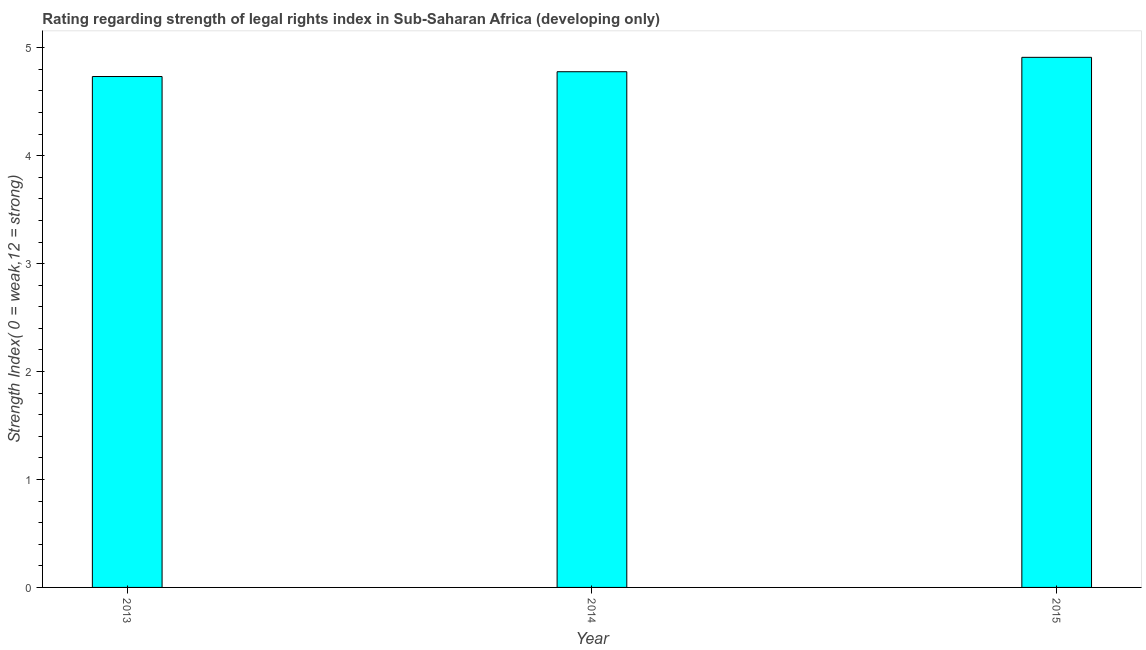
| Year | Strength of legal rights index |
 | --- | --- |
 | 2013 | 4.73 |
 | 2014 | 4.78 |
 | 2015 | 4.91 |